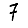
Digit: 7